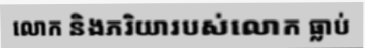
លោក និងភរិយារបស់លោក ធ្លាប់